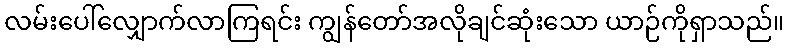
လမ်းပေါ်လျှောက်လာကြရင်း ကျွန်တော်အလိုချင်ဆုံးသော ယာဉ်ကိုရှာသည်။